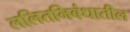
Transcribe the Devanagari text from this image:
ललितनिबंधातील